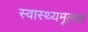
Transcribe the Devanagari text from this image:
स्वास्थ्यमूलक